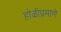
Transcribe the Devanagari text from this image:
होळीप्रमाणे